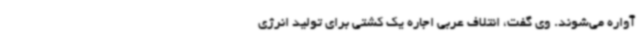
آواره می‌شوند. وی گفت، ائتلاف عربی اجاره یک کشتی برای تولید انرژی